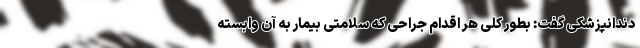
دندانپزشکی گفت: بطور کلی هر اقدام جراحی که سلامتی بیمار به آن وابسته